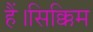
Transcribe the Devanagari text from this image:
हैं।सिक्किम